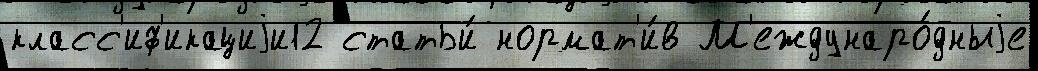
класс'иф'икациjи12 статьи́ нормат'и́в М'еждунаро́дныjе